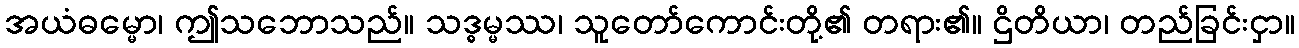
အယံဓမ္မော၊ ဤသဘောသည်။ သဒ္ဓမ္မဿ၊ သူတော်ကောင်းတို့၏ တရား၏။ ဌိတိယာ၊ တည်ခြင်းငှာ။